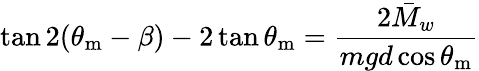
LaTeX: \tan 2(\theta_{\mathrm{m}}-\beta)-2\tan\theta_{\mathrm{m}}=\frac{2\bar{M}_{w}}{mgd\cos\theta_{\mathrm{m}}}